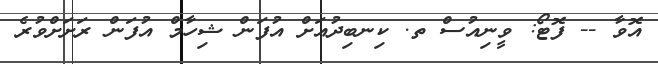
އޮވާ -- ފޮޓޯ: ވީނިއުސް ތ. ކިނބިދުއަށް އުފަން ޝިހާމް އުފަން ރަށަށްވުރެ